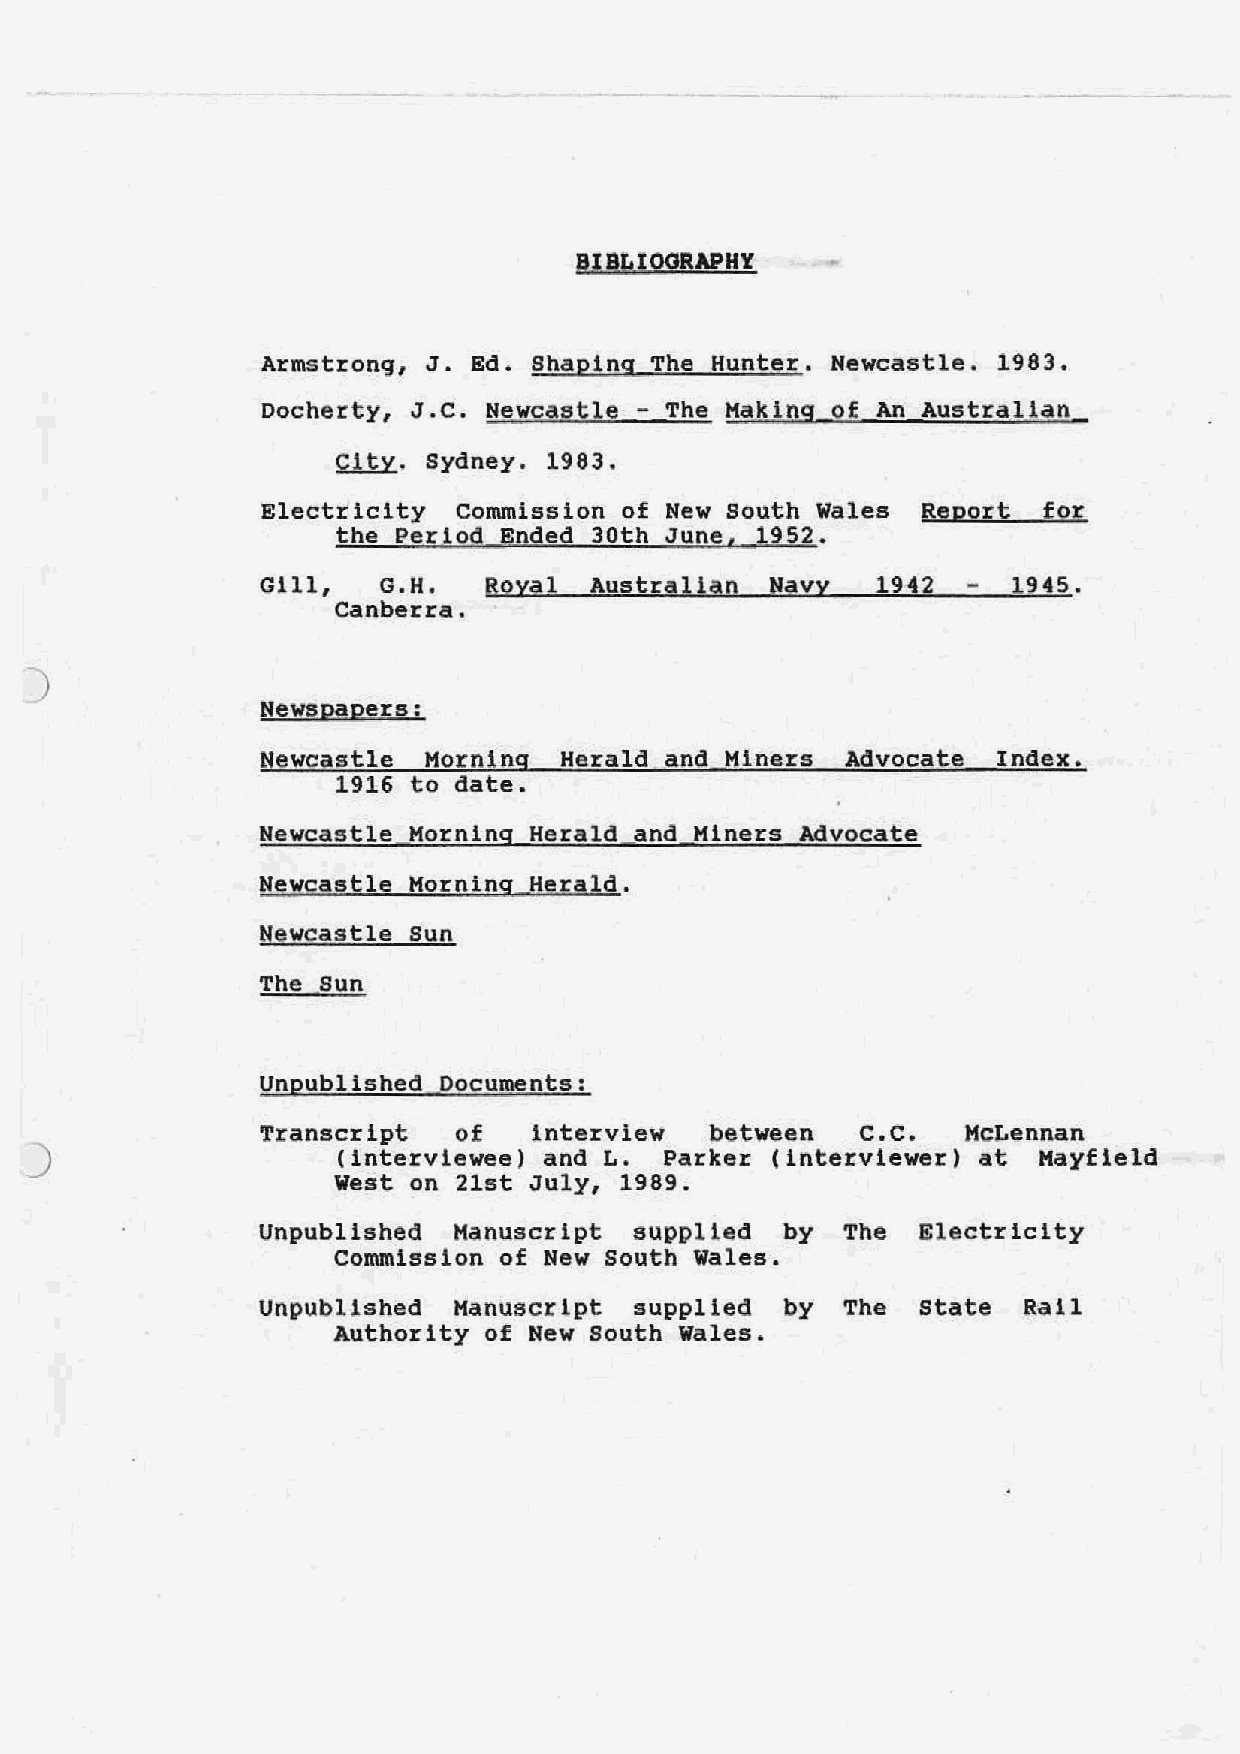
BIBJ;.,IOORAPHY
 Armstrong, J. Ed. Shaping The Hunter. Newcastle. 1983.
 Docherty, J.C. Newcastle - The Making of An Australian_
 City. Sydney. 1983.
 Electricity  Commission of New South Wales Report  for
 the Period Ended 30th June, 1952.
 Gill,   G.H.  Royal  Australian  Navy   1942     1945.
 Canberra.
 )
 Newspaeers:
 Newcastle Horning  Herald and Miners  Advocate  Index.
 1916 to date.
 Newcastle Morning Herald and Miners Advocate
 Newcastle Morning_Herald.
 Newcastle Sun
 The Sun
 Uneublished Documents:
 Transcript  of    interview  between   c.c.   McLennan
 _)                   (interviewee) and L. Parker (interviewer) at  Hayfield
 West on  21st July, 1989.
 Unpublished  Manuscript  supplied  by  The  Electricity
 Commission of New south Wales.
 Unpublished  Manuscript  supplied  by  The  state  Rail
 Authority of New South Wales.